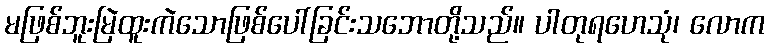
မဖြစ်ဘူးမြဲထူးကဲသောဖြစ်ပေါ်ခြင်းသဘောတို့သည်။ ပါတုရဟေသုံ၊ လောက